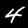
Digit: 4